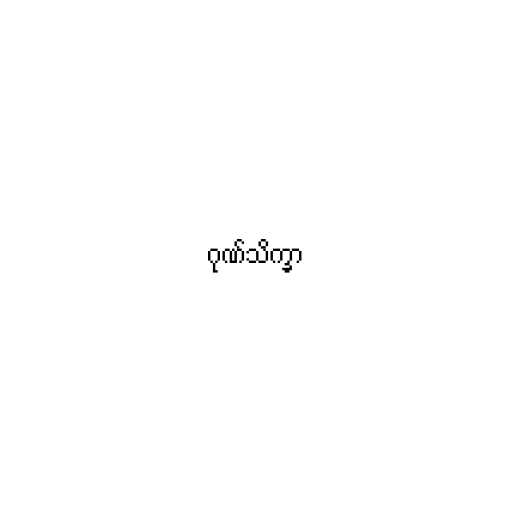
ဂုဏ်သိက္ခာ